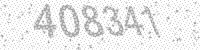
Solution: 408341